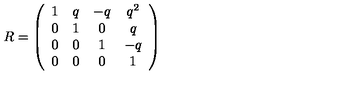
R = \left( \begin{array} { c c c c } { 1 } & { q } & { - q } & { q ^ { 2 } } \\ { 0 } & { 1 } & { 0 } & { q } \\ { 0 } & { 0 } & { 1 } & { - q } \\ { 0 } & { 0 } & { 0 } & { 1 } \\ \end{array} \right)